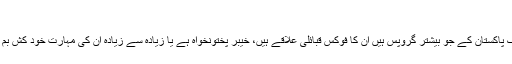
‘
طالبان تحریک پاکستان کے جو بیشتر گروپس ہیں اُن کا فوکس قبائلی علاقے ہیں، خیبر پختونخواہ ہے یا زیادہ سے زیادہ اُن کی مہارت خود کش بم کے اندر ہے۔